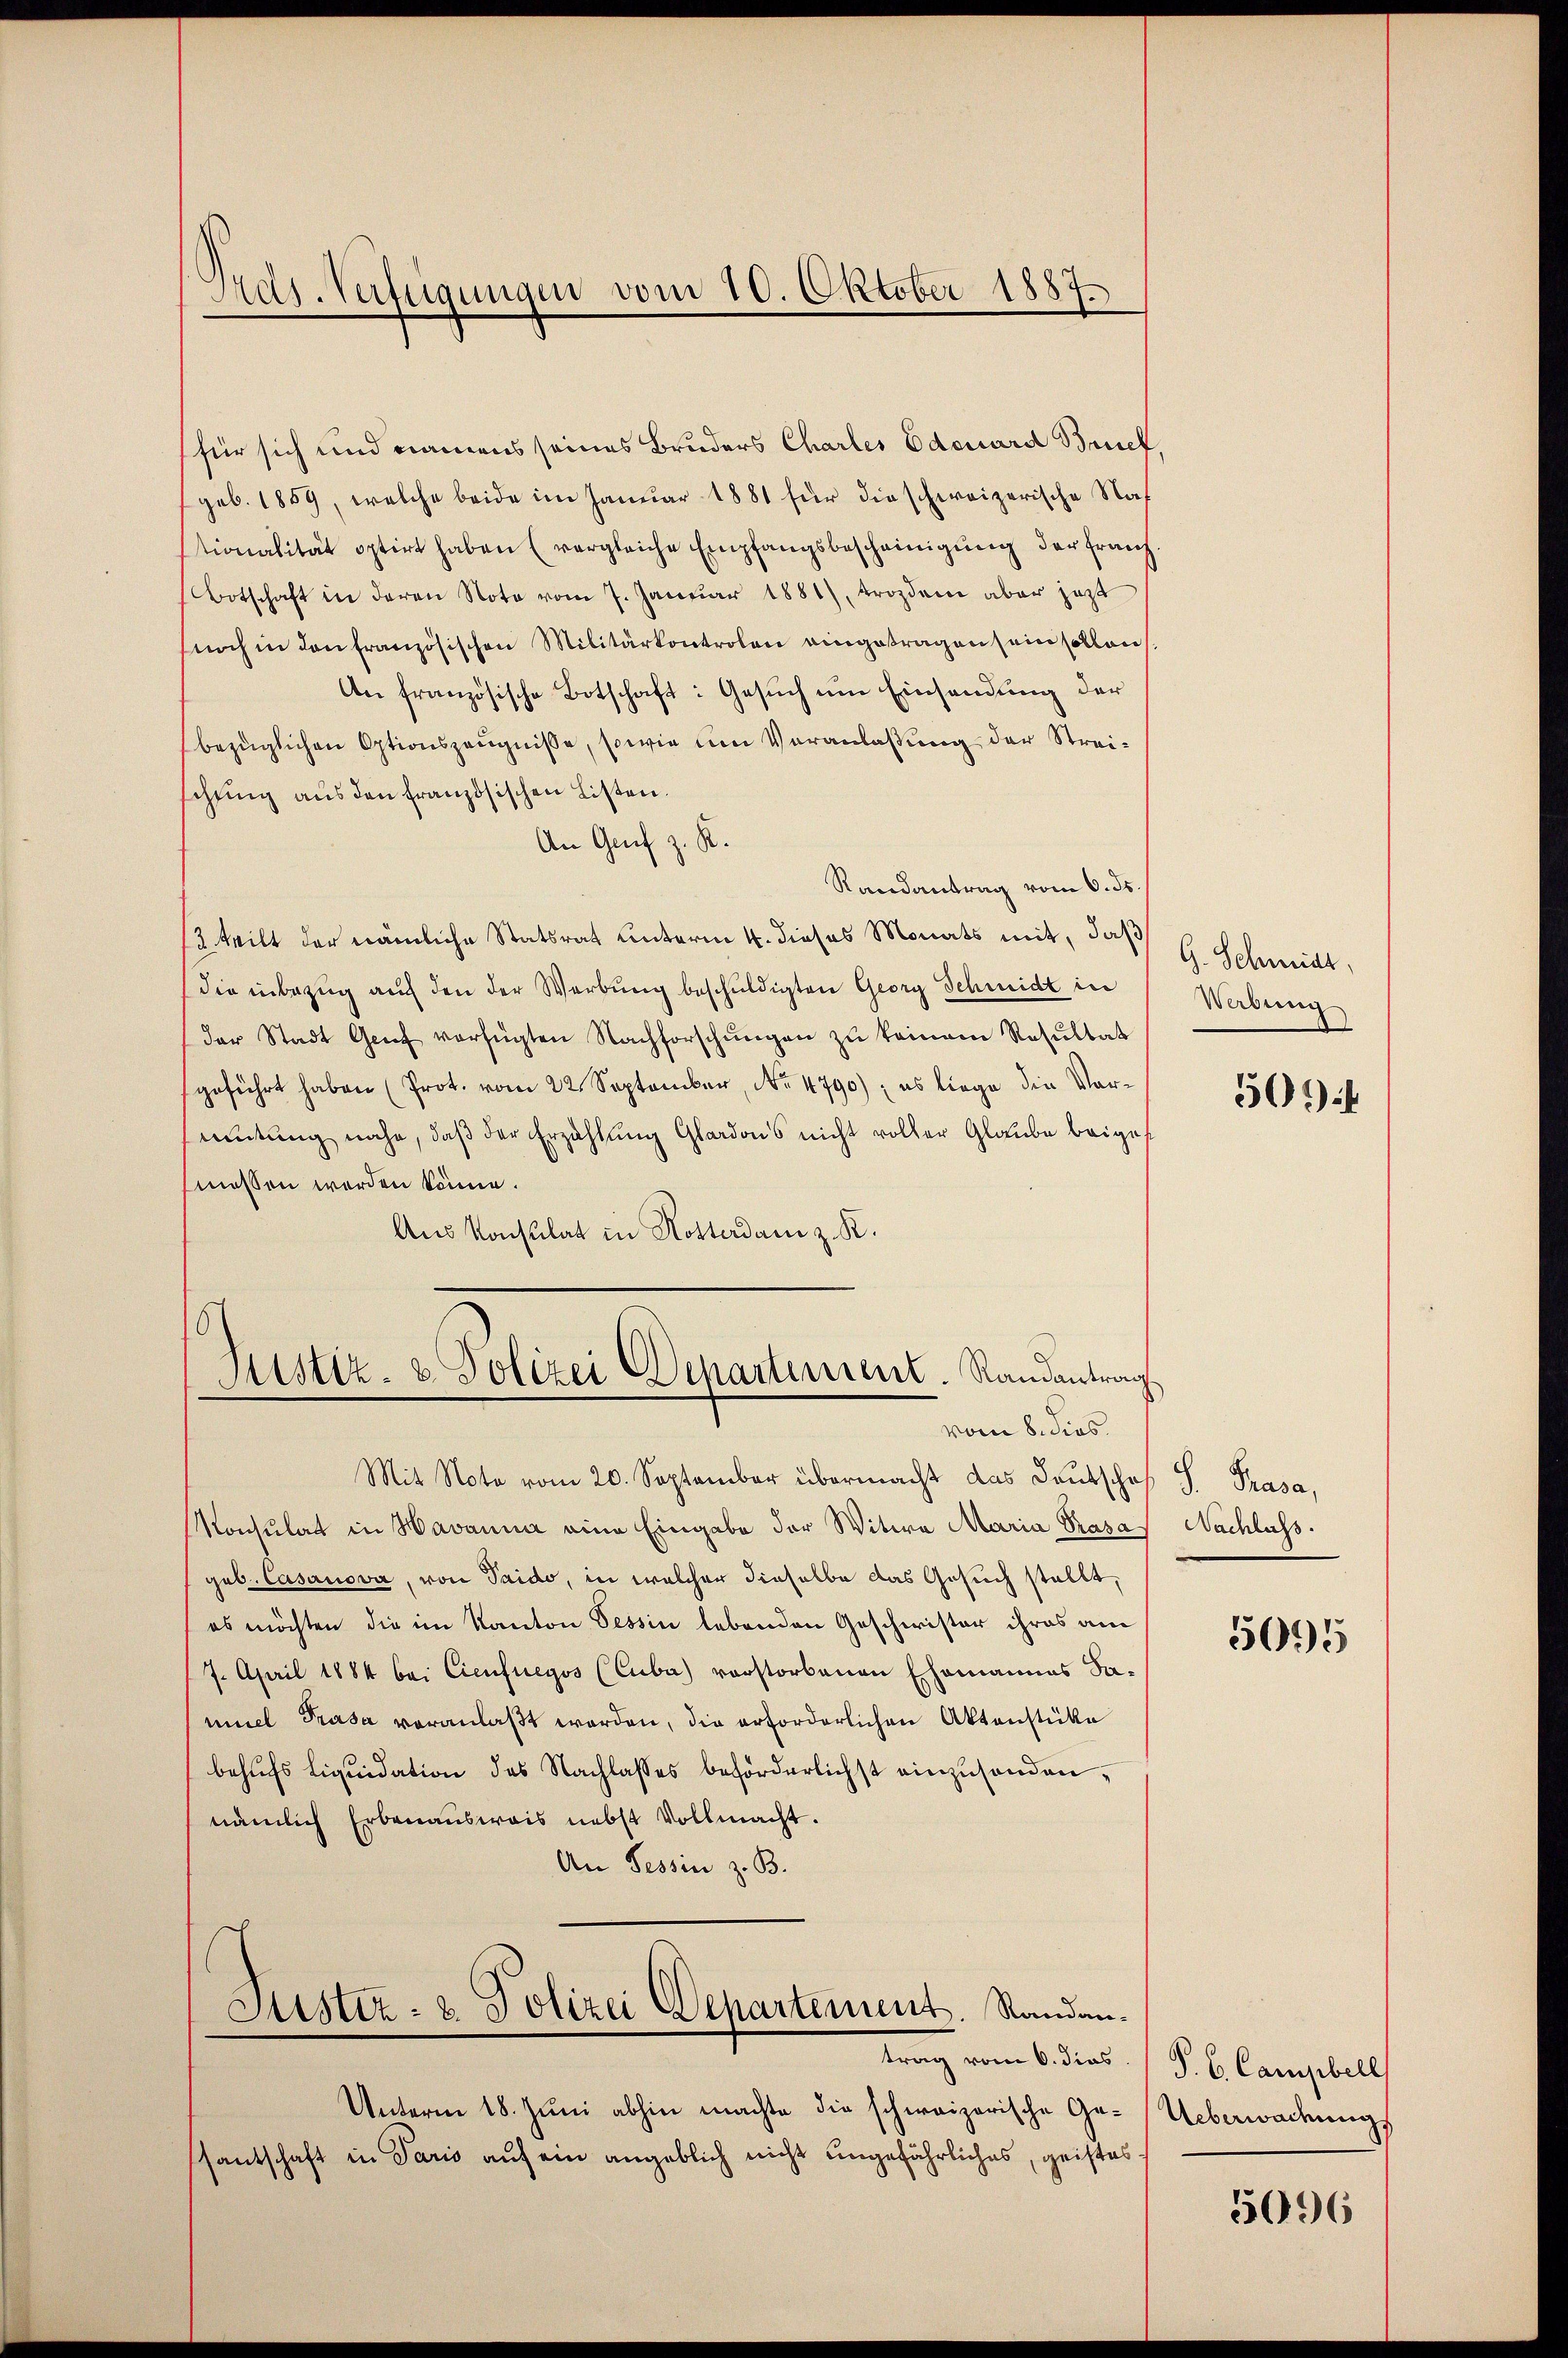
Fras-Verfügungen vom 10. Oktober 1887.

für sich und namens seines Bruders Chartes Edouard Bruch
(geb. 1859, welche beide im Januar 1881 für die schweizerische Nat
tionalität optirt haben (vergleiche Empfangsbescheinigung der franz.
Botschaft in deren Note vom 7. Januar 1881), trozdem aber jetzt
noch in den französischen Militärkontrolen eingetragen sein sollen
An französische Botschaft: Gesuch um Einsendung der
bezüglichen Optionszeugnisse, sowie um Veranlassung der Streischung aus den französischen Listen.
An Genf z. R.
Randantrag vom 6. ds.
2 teilt der nämliche Statsrat unterm 4. dieses Monats mit, daß H. Schmidt,
(die inbezug auf den der Werbung beschuldigten Georg Schmidt in
der Stadt Genf verfügten Nachforschŭngen zŭ keinem Resultat
geführt haben (Prot. vom 22. September, No 4790); es liege die Vor-
mutung nahe, daß der Erzählung Glardons nicht voller Glaube beigef
messen werden könne.
Aus Konsulat in Kosterdam z. R.

Mit Note vom 20. September übermacht das Deutschaf S. Prasa,
Konsulat in Havanna eine Eingabe der Witwe Maria Prasa Nachluss.
geb. Casanova, von Saido, in welcher dieselbe das Gesuch stellt,
es möchten die im Kanton Tessin lebenden Geschwister ihres am
7. April 1884 bei Cienfuegos (Cuba) vorstorbenen Ehemannes Saniel Prasa veranlaβt werden, die erforderlichen Aktenstüke
behufs Liquidation des Nachlasses beförderlichst einzusenden,
nämlich Erbenausweis nebst Vollmacht.
An Tessin z. B.

6
Justiz- & Polizei Departement. Randantrag
vom 8. dies

Unterm 18. Juni abhin machte die schweizerische Gesantschaft in Paris auf ein angeblich nicht ungefährliches, geistes

Justiz- & Polizei Departement. Randantrag vom 6. dies

Werbung

509

5095

P. C. Campbell
Ueberwadung

5096